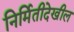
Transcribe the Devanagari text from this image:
निर्मितीदेखील